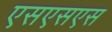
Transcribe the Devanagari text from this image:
एसएसएस